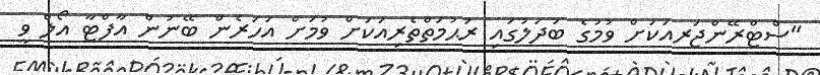
"ސްޓްރޭންޖަރއަކަށް ވުމުގެ ބަދަލުގައި ރަޙުމަތްތެރިއަކަށް ވުމަށް އަހަރެން ބޭނުން އާފްޓާ އޯލް ވީ